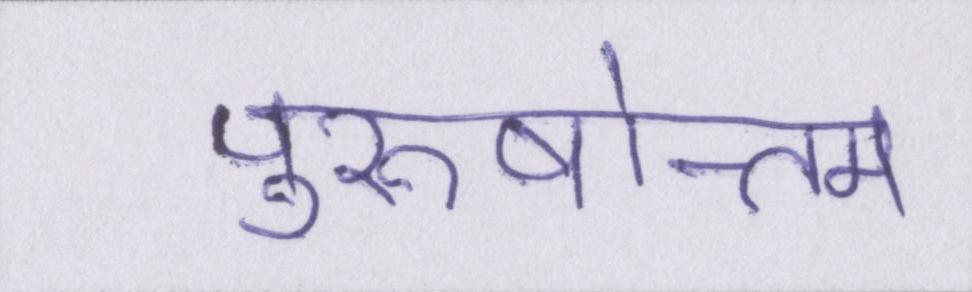
पुरुषोत्तम